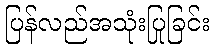
ပြန်လည်အသုံးပြုခြင်း